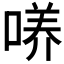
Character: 𱓧